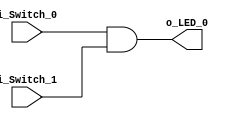
`timescale 1ns / 1ps

module Switches_To_LEDs_And_Gate(
    input i_Switch_0,
    input i_Switch_1,
    output o_LED_0
    );

    assign o_LED_0 = i_Switch_0 & i_Switch_1;
endmodule